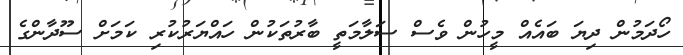
ހޯދަމުން ދިޔަ ބައެއް މީހުން ވެސް ސަލާމަތީ ބާރުތަކުން ހައްޔަރުކުރި ކަމަށް ސޫދާންގެ